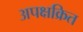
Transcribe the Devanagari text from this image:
अपक्षक्रित